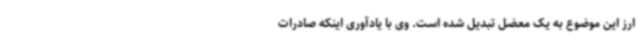
ارز این موضوع به یک معضل تبدیل شده است. وی با یادآوری اینکه صادرات